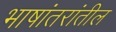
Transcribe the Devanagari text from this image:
भाषांतरांतील